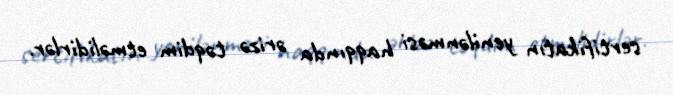
sertifikatın yenilənməsi haqqında ərizə təqdim etməlidirlər.